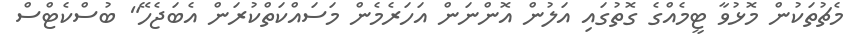
މެޗުތަކުން މޮޅުވާ ޓީމެއްގެ ގޮތުގައި އަލުން އޮންނަން އަހަރެމެން މަސައްކަތްކުރަން އެބަޖެހޭ" ބުސްކެޓްސް